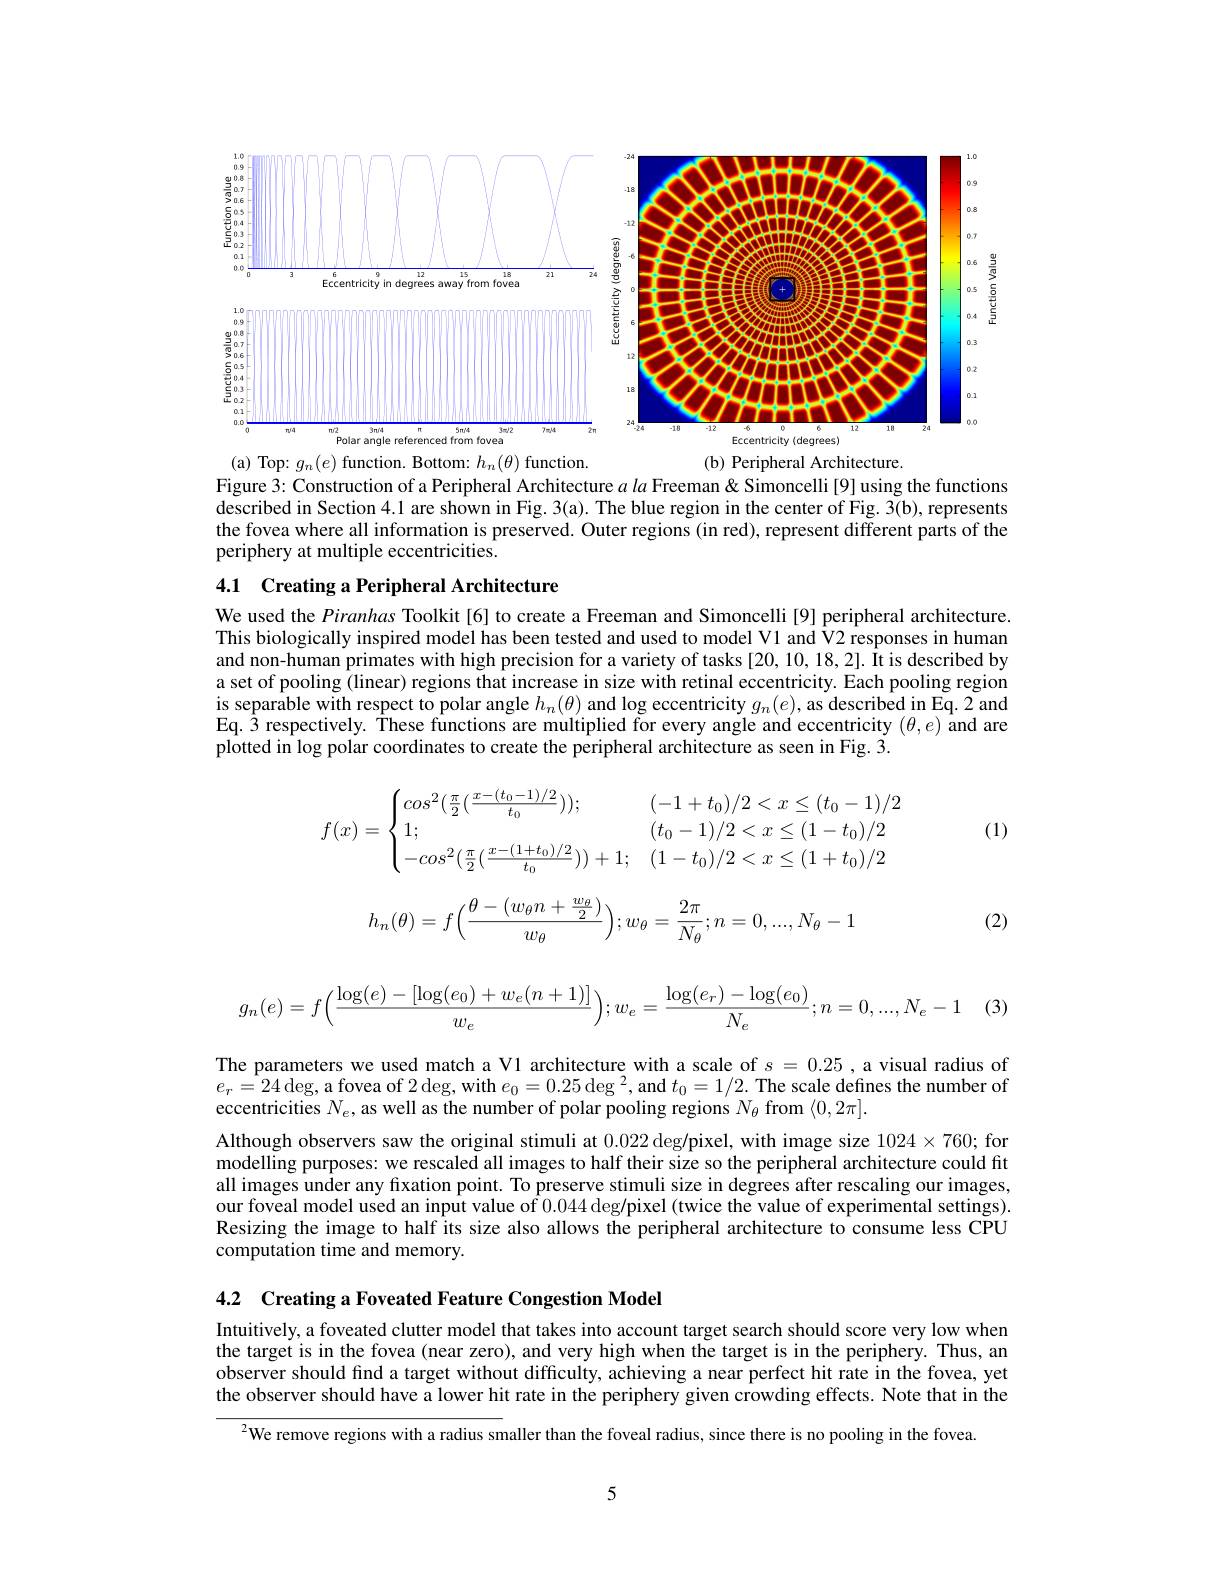
<FigureHere>
are
Fig.
region
center of Fig.
represents

the fovea where all information is preserved. Outer regions (in red), represent different parts of the
periphery at multiple eccentricities.

## 4.1 Creating a Peripheral Architecture

We used the Piranhas Toolkit[6] to create a Freeman and Simoncelli[9] peripheral architecture. This biologically inspired model has been tested and used to model V1 and V2 responses in human and non-human primates with high precision for a variety of tasks [20,10,18,2]. It is described by a set of pooling (linear) regions that increase in size with retinal eccentricity. Each pooling region is separable with respect to polar angle $h_n(\theta)$ and log eccentricity $g_n( e) $,as described in Eq. 2 and Eq. $\hat{3}$ respectively. These functions are multiplied for every angle and eccentricity $(\theta,e)$ and are plotted in log polar coordinates to create the peripheral architecture as seen in Fig. 3.

(1)
$$f(x)=\begin{cases}cos^2(\frac{\pi}{2}(\frac{x-(t_0-1)/2}{t_0}));&(-1+t_0)/2<x\leq(t_0-1)/2\\1;&(t_0-1)/2<x\leq(1-t_0)/2\\-cos^2(\frac{\pi}{2}(\frac{x-(1+t_0)/2}{t_0}))+1;&(1-t_0)/2<x\leq(1+t_0)/2\end{cases}$$
$$h_n(\theta)=f\Big(\dfrac{\theta-(w_\theta n+\frac{w_\theta}{2})}{w_\theta}\Big);w_\theta=\dfrac{2\pi}{N_\theta};n=0,...,N_\theta-1$$
(2)
$$g_n(e)=f\Big(\dfrac{\log(e)-[\log(e_0)+w_e(n+1)]}{w_e}\Big);w_e=\dfrac{\log(e_r)-\log(e_0)}{N_e};n=0,...,N_e-1$$
(3

The parameters we used match a V1 architecture with a scale of $s=0.25$ ,a visual radius of $e_r=24\deg$,a fovea of $2\deg$, with $e_0=0.25\deg^2$, and $t_0=1/2.$ The scale defines the number of eccentricities $N_e$, as well as the number of polar pooling regions $N_\theta$ from $\langle0,2\pi].$

Although observers saw the original stimuli at 0.022 deg/pixel, with image size $1024\times760;$ for modelling purposes: we rescaled all images to half their size so the peripheral architecture could fit all images under any fixation point. To preserve stimuli size in degrees after rescaling our images, our foveal model used an input value of 0.044 deg/pixel (twice the value of experimental settings) Resizing the image to half its size also allows the peripheral architecture to consume less CPU computation time and memory.

4.2 Creating a Foveated Feature Congestion Model

Intuitively, a foveated clutter model that takes into account target search should score very low when the target is in the fovea (near zero), and very high when the target is in the periphery. Thus, an observer should find a target without difficulty, achieving a near perfect hit rate in the fovea, yet the observer should have a lower hit rate in the periphery given crowding effects. Note that in the

$^{2}$We remove regions with a radius smaller than the foveal radius, since there is no pooling in the fovea

5